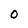
Character: O